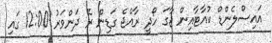
އައިސްލެންޑް ކުއާޓާއިން ޖާގަ ހޯދީ ރާއްޖެ ގަޑިން ރޭ ދަންވަރު 12:00 ގައި